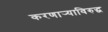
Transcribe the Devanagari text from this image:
करणार्‍याविरुद्ध